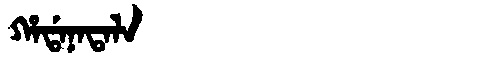
Manchu: ᡥᠠᡩᠠᠨᠠᡨᠠᠯᠠ
Romanization: HADANATALA